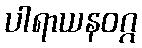
ပါရာယနဝဂ္ဂ